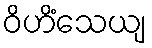
ဝိဟိံသေယျ